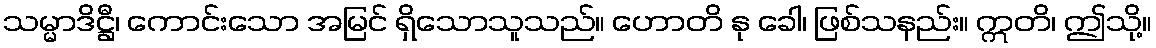
သမ္မာဒိဋ္ဌီ၊ ကောင်းသော အမြင် ရှိသောသူသည်။ ဟောတိ နု ခေါ၊ ဖြစ်သနည်း။ ဣတိ၊ ဤသို့။